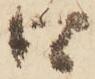
口